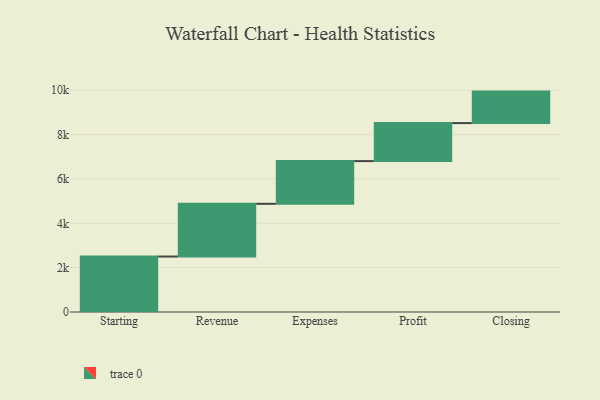
{"axis": {"x": "Step", "y": "Value"}, "legend": [""], "data": [{"x": "Starting", "y": 2502.0, "type": ""}, {"x": "Revenue", "y": 2377.0, "type": ""}, {"x": "Expenses", "y": 1926.0, "type": ""}, {"x": "Profit", "y": 1714.0, "type": ""}, {"x": "Closing", "y": 1420.0, "type": ""}]}